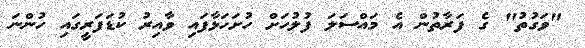
"ވަގުތު" ގެ ފަރާތުން އެ މައްސަލަ ފުލުހަށް ހުށަހަޅާފައި ވާއިރު ކުޑަފަރީގައި ހުންނަ